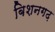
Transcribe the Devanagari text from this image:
बिशनगढ़